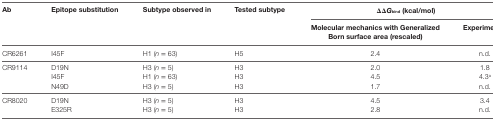
<table><thead><tr><td><b>Ab</b></td><td rowspan="2"><b>Epitope substitution</b></td><td rowspan="2"><b>Subtype observed in</b></td><td rowspan="2"><b>Tested subtype</b></td><td colspan="2"><b>ΔΔ<i>G</i><sub>bind</sub> (kcal/mol)</b></td></tr><tr><td></td><td><b>Molecular mechanics with Generalized Born surface area (rescaled)</b></td><td><b>Experimental</b></td></tr></thead><tbody><tr><td>CR6261</td><td>I45F</td><td>H1 (<i>n</i> = 63)</td><td>H5</td><td>2.4</td><td>n.d.</td></tr><tr><td rowspan="3">CR9114</td><td>D19N</td><td>H3 (<i>n</i> = 5)</td><td>H3</td><td>2.0</td><td>1.8</td></tr><tr><td>I45F</td><td>H1 (<i>n</i> = 63)</td><td>H3</td><td>4.5</td><td>4.3<sup>a</sup></td></tr><tr><td>N49D</td><td>H3 (<i>n</i> = 5)</td><td>H3</td><td>1.7</td><td>n.d.</td></tr><tr><td rowspan="2">CR8020</td><td>D19N</td><td>H3 (<i>n</i> = 5)</td><td>H3</td><td>4.5</td><td>3.4</td></tr><tr><td>E325R</td><td>H3 (<i>n</i> = 5)</td><td>H3</td><td>2.8</td><td>n.d.</td></tr></tbody></table>